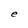
Character: e